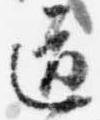
道